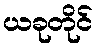
ယခုတိုင်